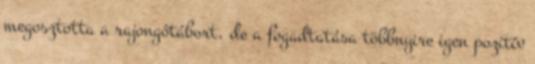
megosztotta a rajongótábort, de a fogadtatása többnyire igen pozitív